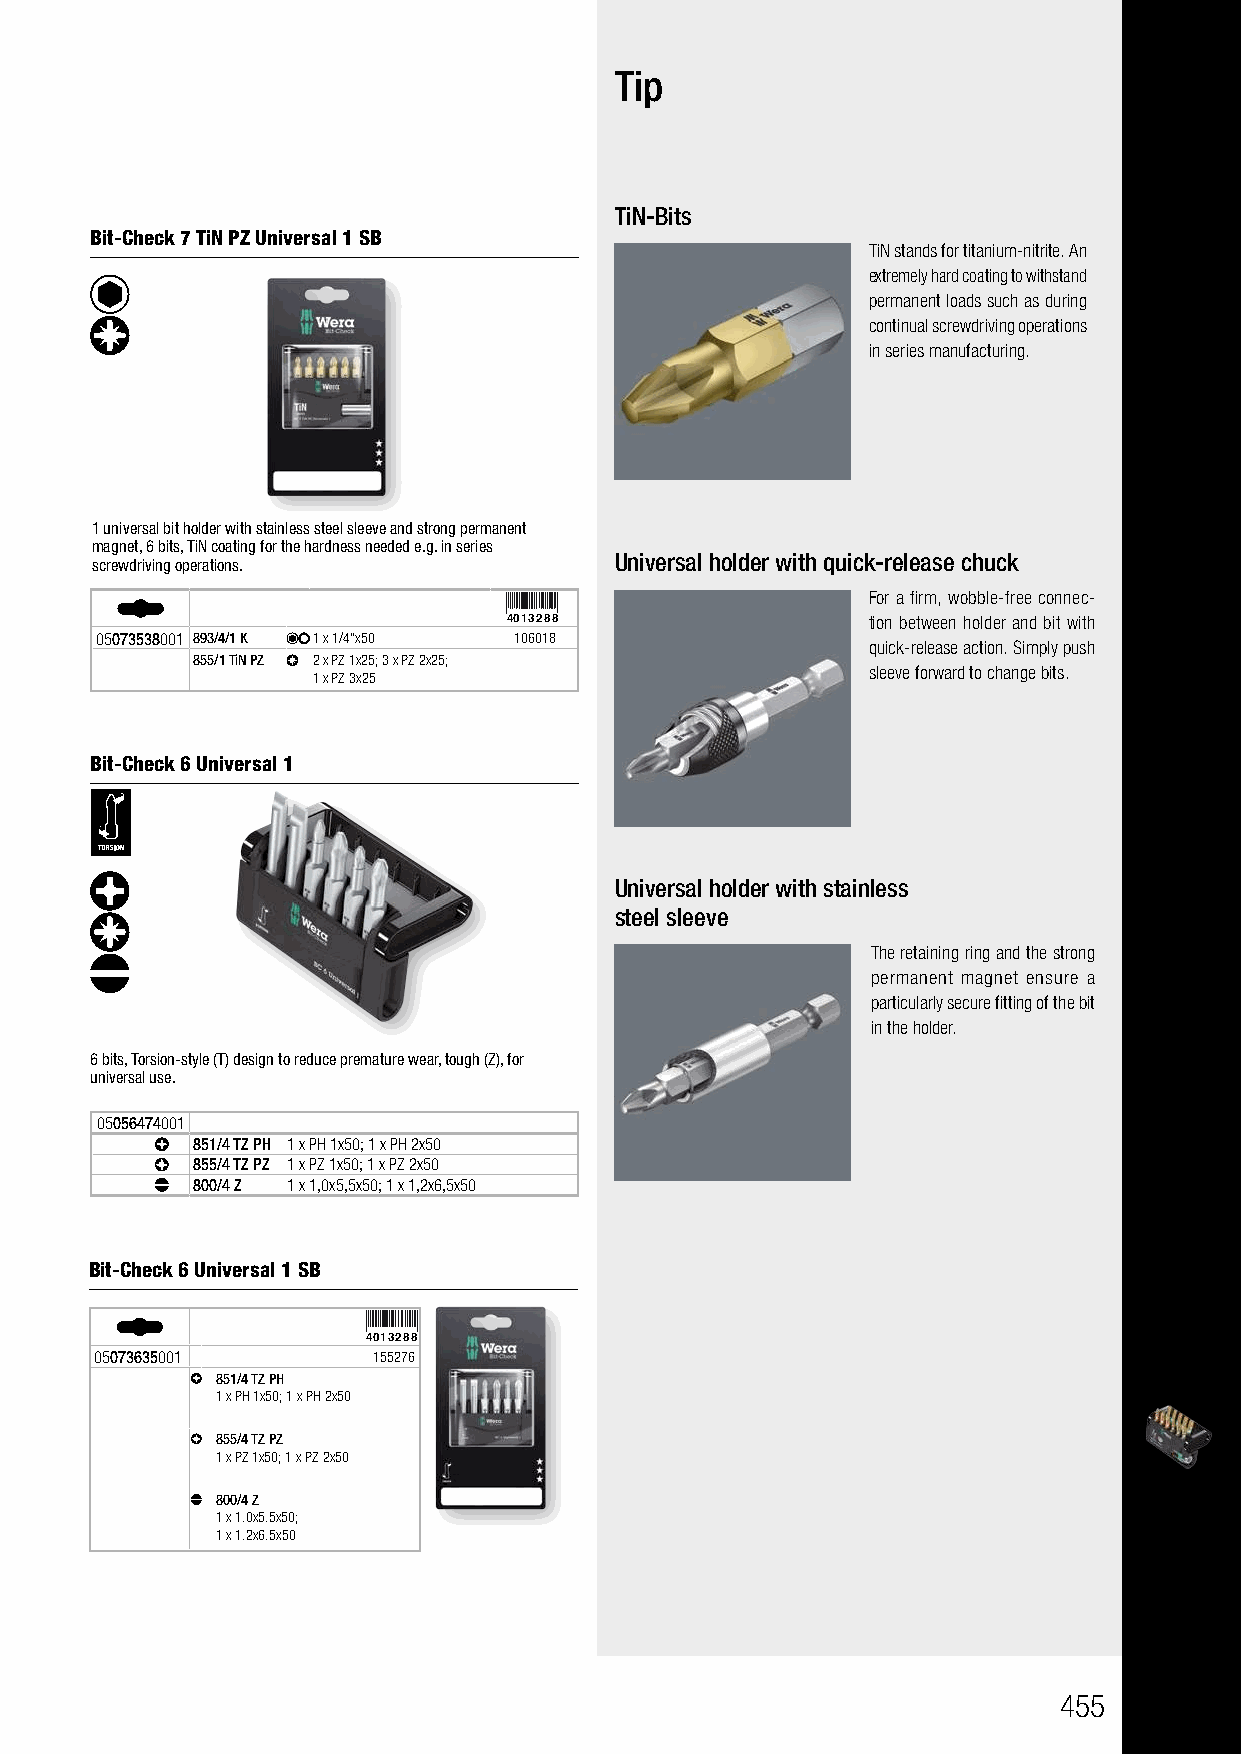
Tip
 TiN-Bits
 Bit-Check 7 TiN PZ Universal 1 SB
 TiN stands for titanium-nitrite. An
 extremely hard coating to withstand
 permanent loads such as during
 continual screwdriving operations
 in series manufacturing.
 1 universal bit holder with stainless steel sleeve and strong permanent
 magnet, 6 bits, TiN coating for the hardness needed e.g. in series
 screwdriving operations.           Universal holder with quick-release chuck
 For a firm, wobble-free connec-
 4013288                tion between holder and bit with
 05073538001 893/4/1 K 1 x 1/4"x50 106018
 quick-release action. Simply push
 855/1 TiN PZ 2 x PZ 1x25; 3 x PZ 2x25;
 1 x PZ 3x25                         sleeve forward to change bits.
 Bit-Check 6 Universal 1
 Universal holder with stainless
 steel sleeve
 The retaining ring and the strong
 permanent magnet ensure a
 particularly secure fitting of the bit
 in the holder.
 6 bits, Torsion-style (T) design to reduce premature wear, tough (Z), for
 universal use.
 05056474001
 851/4 TZ PH 1 x PH 1x50; 1 x PH 2x50
 855/4 TZ PZ 1 x PZ 1x50; 1 x PZ 2x50
 800/4 Z 1 x 1,0x5,5x50; 1 x 1,2x6,5x50
 Bit-Check 6 Universal 1 SB
 4013288
 05073635001        155276
 851/4 TZ PH
 1 x PH 1x50; 1 x PH 2x50
 855/4 TZ PZ
 1 x PZ 1x50; 1 x PZ 2x50
 800/4 Z
 1 x 1.0x5.5x50;
 1 x 1.2x6.5x50
 455